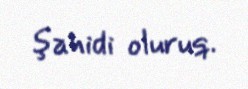
şahidi oluruq.